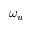
\omega _ { u }